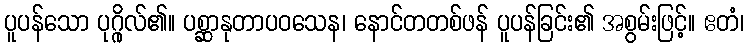
ပူပန်သော ပုဂ္ဂိုလ်၏။ ပစ္ဆာနုတာပဝသေန၊ နောင်တတစ်ဖန် ပူပန်ခြင်း၏ အစွမ်းဖြင့်။ ဧတံ၊